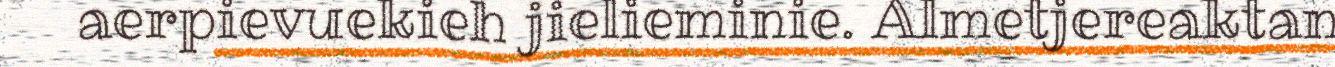
aerpievuekieh jielieminie. Almetjereaktan